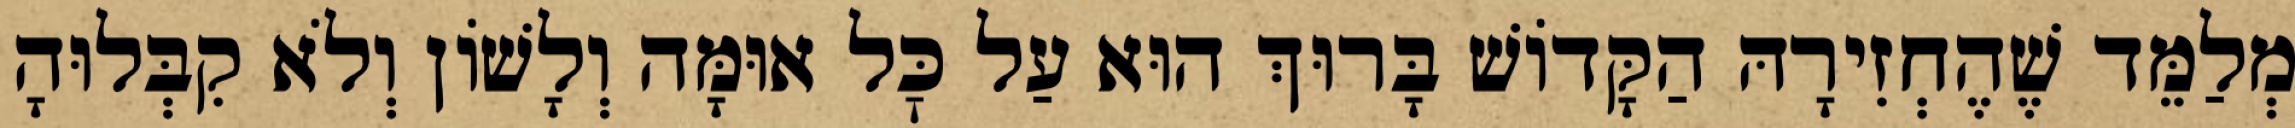
מְלַמֵּד שֶׁהֶחְזִירָהּ הַקָּדוֹשׁ בָּרוּךְ הוּא עַל כׇּל אוּמָּה וְלָשׁוֹן וְלֹא קִבְּלוּהָ